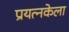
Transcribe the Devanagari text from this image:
प्रयत्नकेला